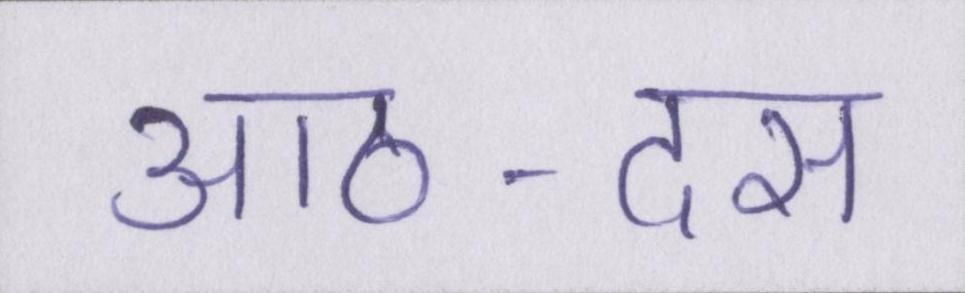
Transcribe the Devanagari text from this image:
आठ-दस